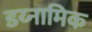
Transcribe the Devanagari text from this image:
डय्नामिक